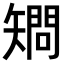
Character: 𥏿